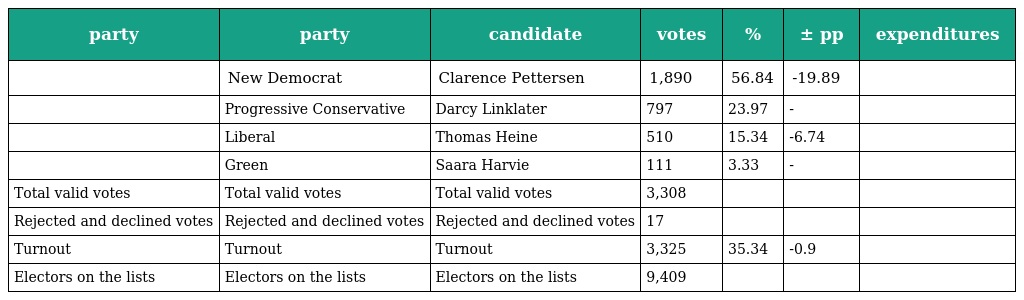
| party | party | candidate | votes | % | ± pp | expenditures |
 | --- | --- | --- | --- | --- | --- | --- |
 |  | New Democrat | Clarence Pettersen | 1,890 | 56.84 | -19.89 |  |
 |  | Progressive Conservative | Darcy Linklater | 797 | 23.97 | - |  |
 |  | Liberal | Thomas Heine | 510 | 15.34 | -6.74 |  |
 |  | Green | Saara Harvie | 111 | 3.33 | - |  |
 | Total valid votes | Total valid votes | Total valid votes | 3,308 |  |  |  |
 | Rejected and declined votes | Rejected and declined votes | Rejected and declined votes | 17 |  |  |  |
 | Turnout | Turnout | Turnout | 3,325 | 35.34 | -0.9 |  |
 | Electors on the lists | Electors on the lists | Electors on the lists | 9,409 |  |  |  |